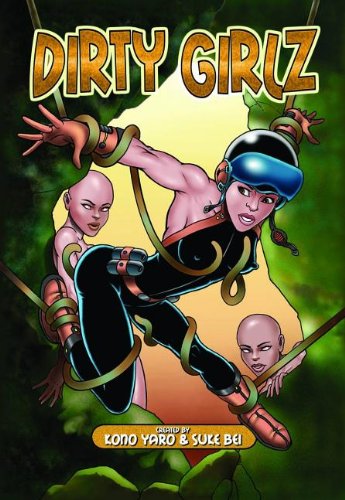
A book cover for Dirty Girlz GN; Suke Bei; Comics & Graphic Novels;